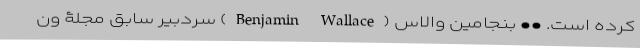
کرده است. •• بنجامین والاس (Benjamin Wallace) سردبیر سابق مجلۀ ون